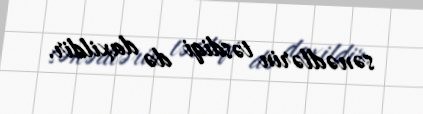
sənədlərin təsdiqi də daxildir.